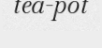
tea-pot